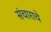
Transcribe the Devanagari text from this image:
संचाराचे